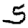
Digit: 5